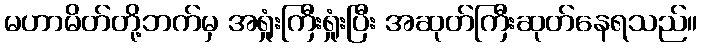
မဟာမိတ်တို့ဘက်မှ အရှုံးကြီးရှုံးပြီး အဆုတ်ကြီးဆုတ်နေရသည်။